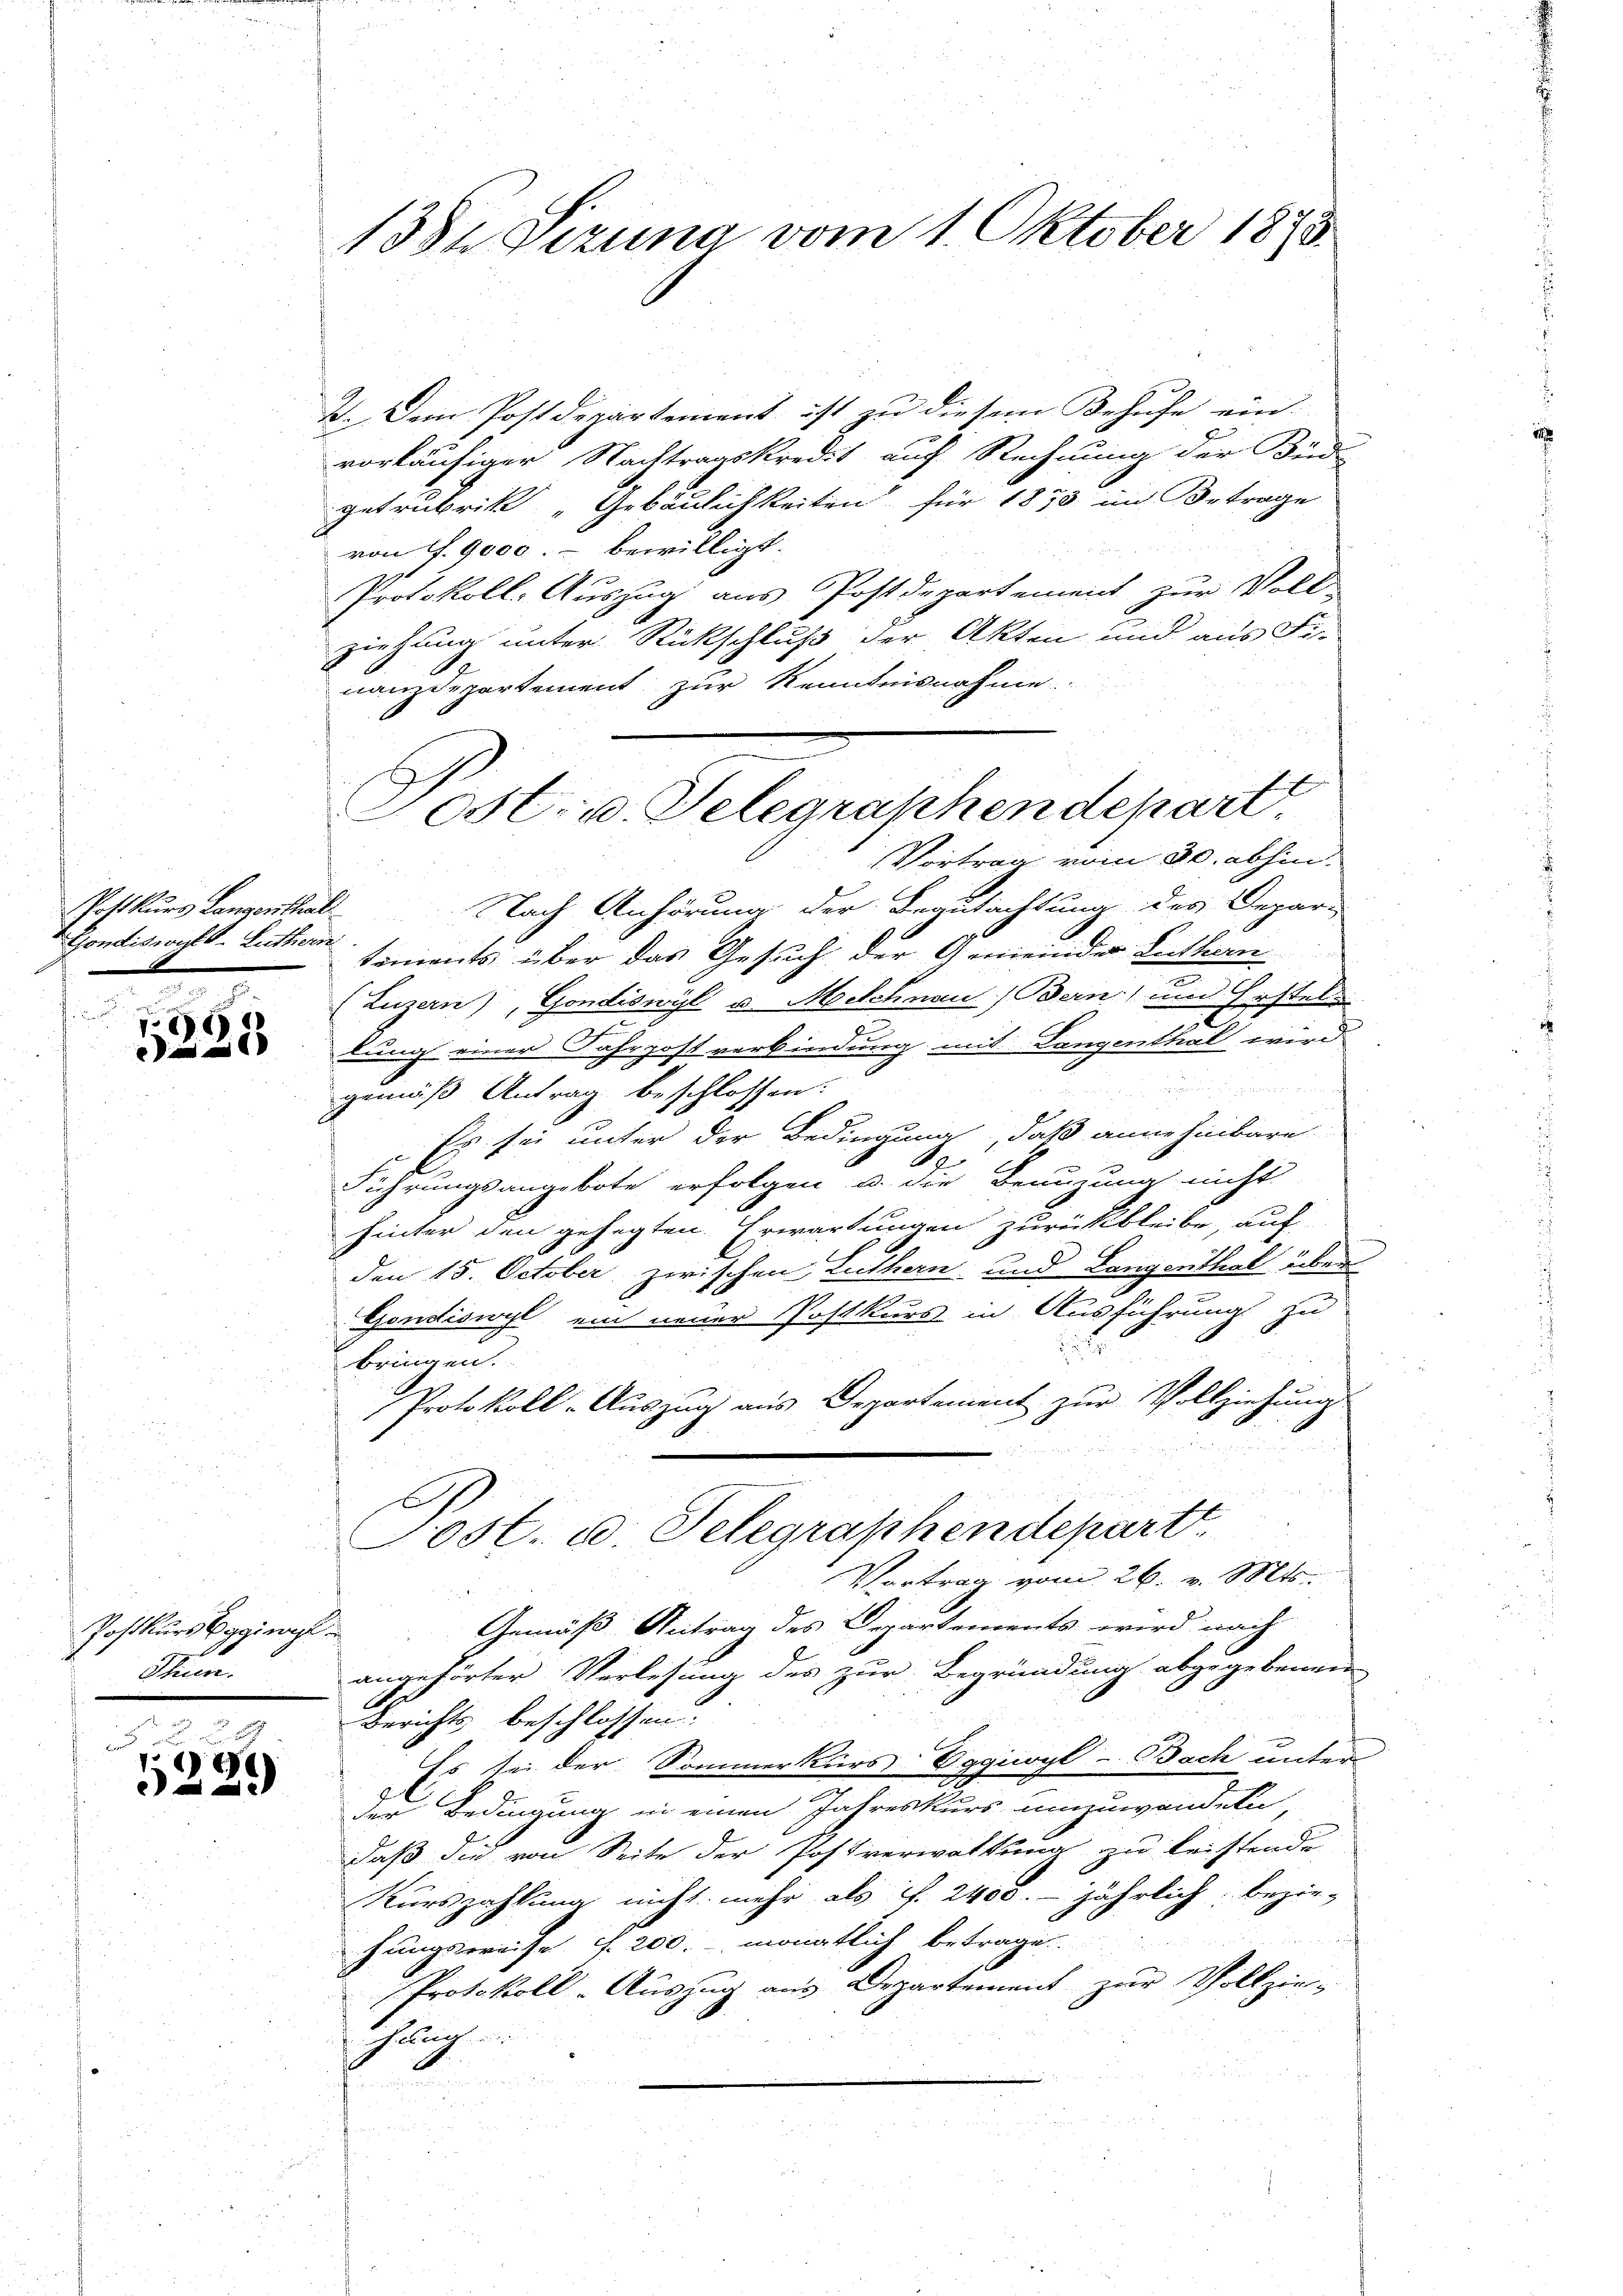
Gondiswytt-Luthern

p
e

Postkurs beginal
J
Thun.

und
e
e

1382 Sizung vom 1. Oktober 1873.

I. Dem Postdepartement ist zu diesem Behufe ein-
vorläufiger Nachtragskredit auf Rechnung der Beid-
getrubrik „Gebäulichkeiten für 1870 im Betrage
von S. 9000.- bewilligt.
Protokoll-Auszug aus Postdepartement zur Voll-
ziehung unter Rückschluß der Akten und aus Fi-
nanzdepartement zur Kenntnisnahme
Vortrag vom 30. abhin
Postkurs Langenthal Nach Anhörung der Begutachtung des Depar-
tements über das Gesuch der Gemeinder Luthen
¬
(Luzern), Gondiswyl u. M Schnau) Bern) um Erstel-
c
lung einer Fahrpost verbindung mit Langenthal wird

gemäß Antrag beschlossen:
Es sei unter der Bedingung, daß anne hinbare
e
Führungsangebote erfolgen u. die Benuzung nicht
hinter den gehegten Erwartungen zurückbleibe, auf
den 15. October zwischen Luthern und Langarithal über
Gondiswyl ein neuer Postkurs in Ausführung zu
bringen.
Protokoll-Auszug aus Departement zur Vollziehung.
Post. d. Telegraphendepartt
Vortrag vom 26. v. Mts.
Gemäß Antrag des Departements wird nach
angehörter Verlesung des zur Begründung abzugebenen
de
Berichts beschlossen:
Es sei der Sommerkurs Eggiwyl-Bach unter
J
der Bedingung in einen Jahreskurs umzuwendete
daß die von Seite der Postverwaltung zu leistende
Kurszahlung nicht mehr als v. 2400. jährlich bezie-
hungsereise f. 200. monatlich betrage
Protokoll-Auszug aus Departement zur Vollzie-
Thäng

.
u
n
.
.

ost, u. Telegraphendepart.